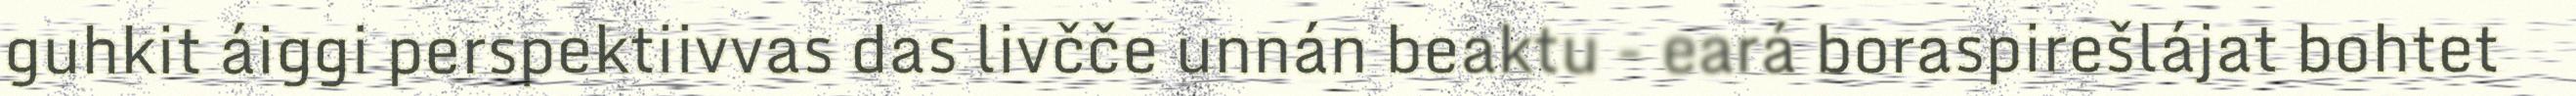
guhkit áiggi perspektiivvas das livčče unnán beaktu - eará boraspirešlájat bohtet